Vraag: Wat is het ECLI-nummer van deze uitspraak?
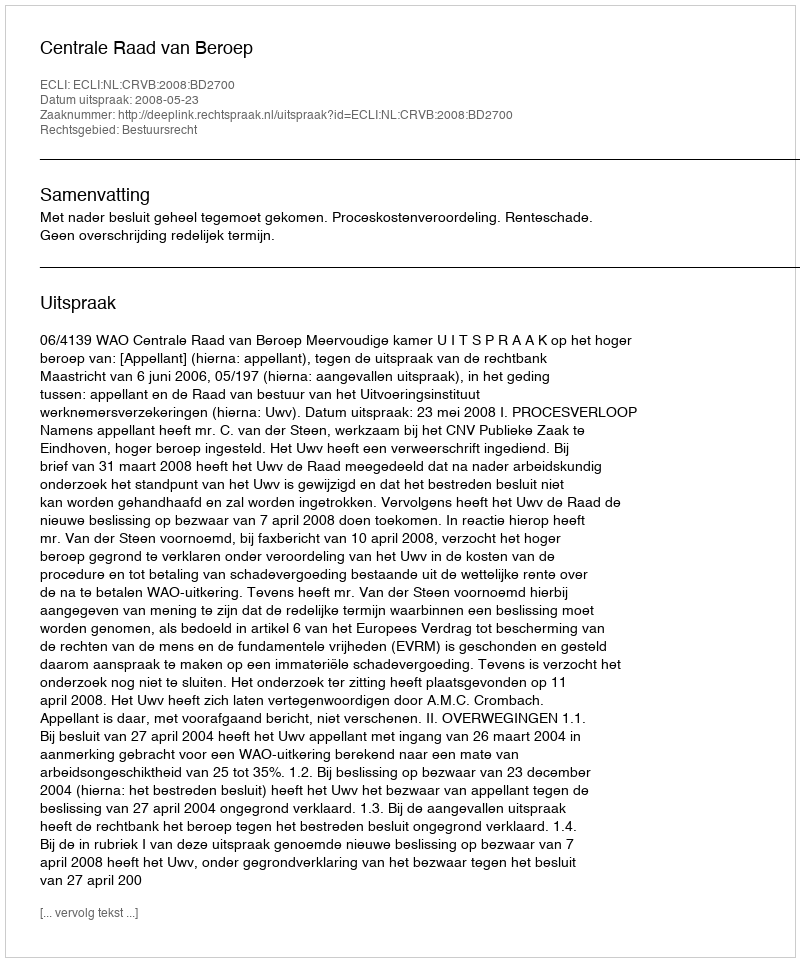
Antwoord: ECLI:NL:CRVB:2008:BD2700